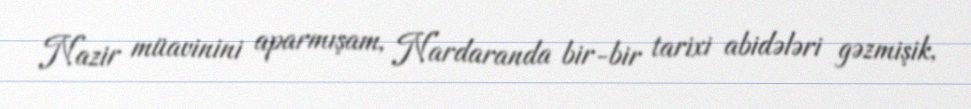
Nazir müavinini aparmışam, Nardaranda bir-bir tarixi abidələri gəzmişik,